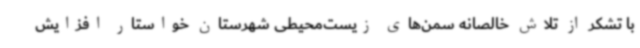
با تشکر از تلاش خالصانه سمن‌های زیست‌محیطی شهرستان خواستار افزایش